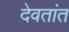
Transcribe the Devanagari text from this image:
देवतांत